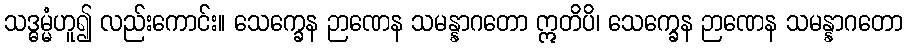
သဒ္ဓမ္မံဟူ၍ လည်းကောင်း။ သေက္ခေန ဉာဏေန သမန္နာဂတော ဣတိပိ၊ သေက္ခေန ဉာဏေန သမန္နာဂတော